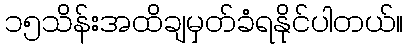
၁၅သိန်းအထိချမှတ်ခံရနိုင်ပါတယ်။